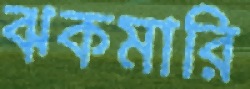
ঝকমারি